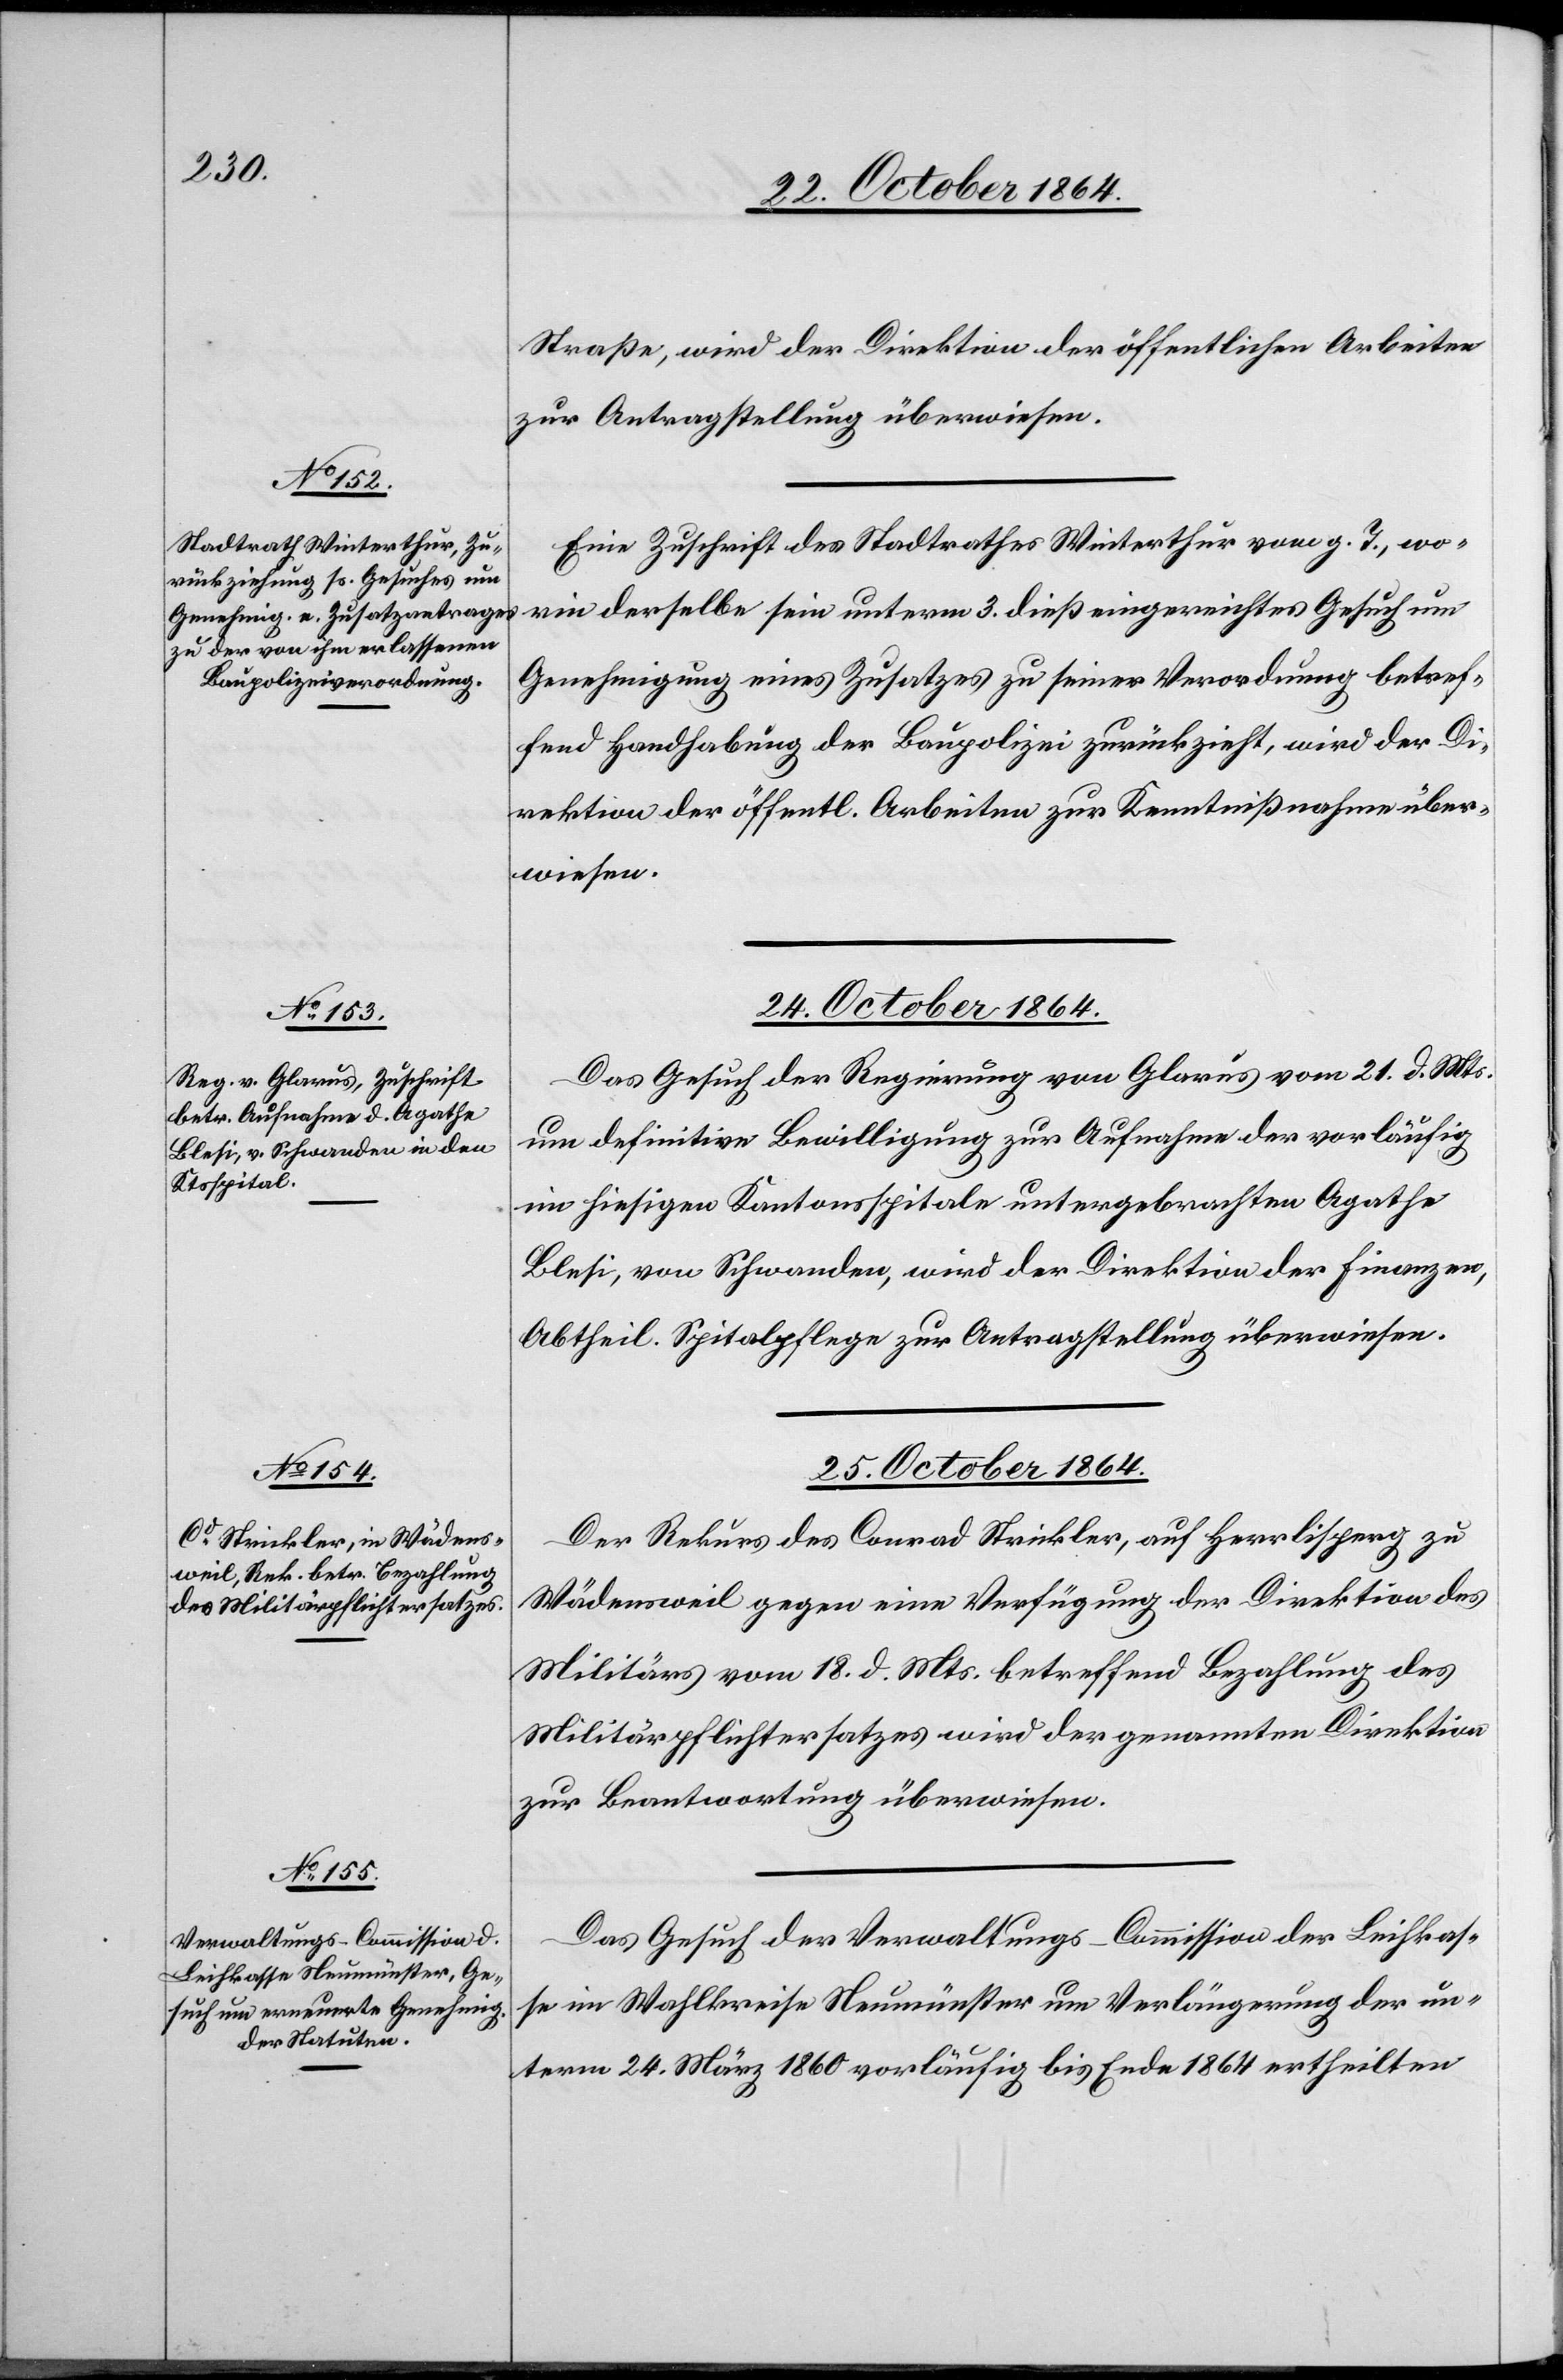
23. October 1864.]
Straße, wird der Direktion der öffentlichen Arbeiten
zur Antragstellung überwiesen.
Eine Zuschrift des Stadtrathes Winterthur vom g. T., wo¬
rin derselbe sein unterm 3. dieß eingereichtes Gesuch um
Genehmigung eines Zusatzes zu seiner Verordnung betref¬
fend Handhabung der Baupolizei zurückzieht, wird der Di¬
rektion der öffentl. Arbeiten zur Kenntnißnahme über¬
wiesen.
24. October 1864.
Das Gesuch der Regierung von Glarus vom 21. d. Mts.
um definitive Bewilligung zur Aufnahme der vorläufig
im hiesigen Kantonsspital untergebrachten Agathe
Blesi, von Schwanden, wird der Direktion der Finanzen,
Abtheil. Spitalpflege zur Antragstellung überwiesen.
25. October 1864.]
Der Rekurs des Conrad Strickler, auf Herrlisperg zu
Wädensweil gegen eine Verfügung der Direktion des
Militärs vom 18. d. Mts. betreffend Bezahlung des
Militärpflichtersatzes wird der genannten Direktion
zur Beantwortung überwiesen.
Das Gesuch der Verwaltungs-Commission der Leihkas¬
se im Wahlkreise Neumünster um Verlängerung der un¬
term 24. März 1860 vorläufig bis Ende 1864 ertheilten